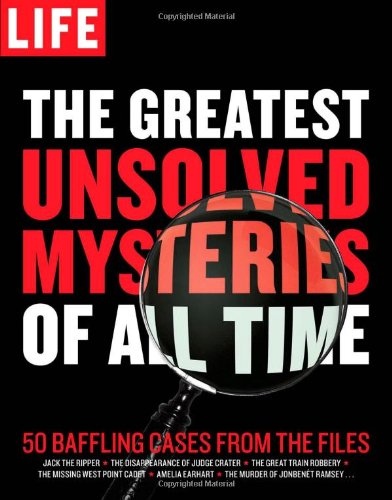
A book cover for LIFE The Greatest Unsolved Mysteries of All Time: 50 Baffling Cases from the Files; Editors of Life; Comics & Graphic Novels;